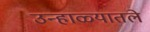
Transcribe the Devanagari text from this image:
उन्हाळ्यातले